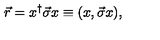
\vec { r } = x ^ { \dagger } \vec { \sigma } x \equiv ( x , \vec { \sigma } x ) ,